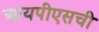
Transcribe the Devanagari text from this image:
आयपीएसची